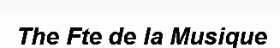
The Fte de la Musique